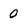
Character: 0